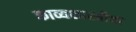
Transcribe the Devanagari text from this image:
काव्यशास्त्रीया